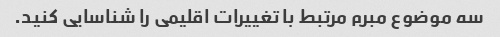
سه موضوع مبرم مرتبط با تغییرات اقلیمی را شناسایی کنید.